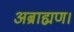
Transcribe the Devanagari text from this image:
अब्राह्मण।